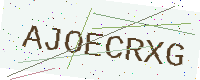
Text: AJOECRXG